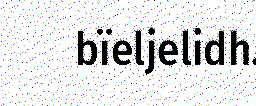
bïeljelidh.